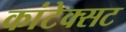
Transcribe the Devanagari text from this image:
कांटेक्सट